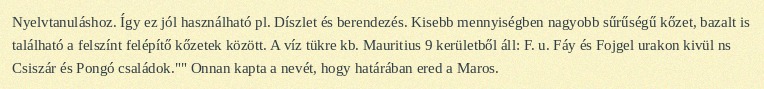
Nyelvtanuláshoz. Így ez jól használható pl. Díszlet és berendezés. Kisebb mennyiségben nagyobb sűrűségű kőzet, bazalt is található a felszínt felépítő kőzetek között. A víz tükre kb. Mauritius 9 kerületből áll: F. u. Fáy és Fojgel urakon kivül ns Csiszár és Pongó családok."" Onnan kapta a nevét, hogy határában ered a Maros.